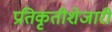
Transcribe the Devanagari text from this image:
प्रतिकृतीशेजारी